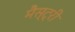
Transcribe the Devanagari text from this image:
मैस्ट्री